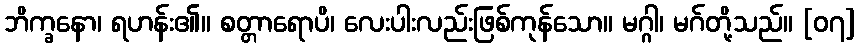
ဘိက္ခနော၊ ရဟန်း၏။ စတ္တာရောပိ၊ လေးပါးလည်းဖြစ်ကုန်သော။ မဂ္ဂါ၊ မဂ်တို့သည်။ [၀၇]